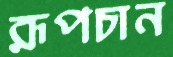
রূপচান